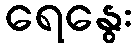
ရေနွေး